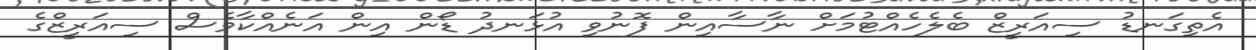
އެތިގަނޑު ސިއަރީޒް ބެލެހެއްޓުމަށް ނާސާއިން ފޮނުވި އުޅަނދު ޑޯން އިން އަނެއްކާވެސް ސިއަރީޒްގެ